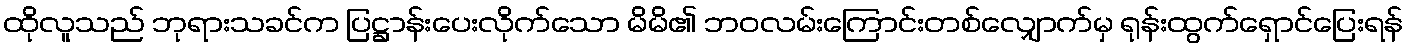
ထိုလူသည် ဘုရားသခင်က ပြဋ္ဌာန်းပေးလိုက်သော မိမိ၏ ဘဝလမ်းကြောင်းတစ်လျှောက်မှ ရုန်းထွက်ရှောင်ပြေးရန်